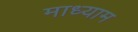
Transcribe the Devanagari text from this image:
माध्याम